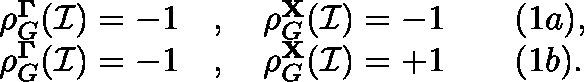
\begin{array} { r l } { \rho _ { G } ^ { \mathbf { \Gamma } } ( \mathcal { I } ) = - 1 } & { , \quad \rho _ { G } ^ { \mathbf { X } } ( \mathcal { I } ) = - 1 \qquad ( 1 a ) , } \\ { \rho _ { G } ^ { \mathbf { \Gamma } } ( \mathcal { I } ) = - 1 } & { , \quad \rho _ { G } ^ { \mathbf { X } } ( \mathcal { I } ) = + 1 \qquad ( 1 b ) . } \end{array}